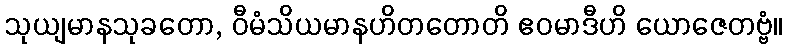
သုယျမာနသုခတော, ဝီမံသိယမာနဟိတတောတိ ဧဝမာဒီဟိ ယောဇေတဗ္ဗံ။